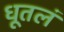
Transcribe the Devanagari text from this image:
धूतलं